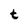
Character: t